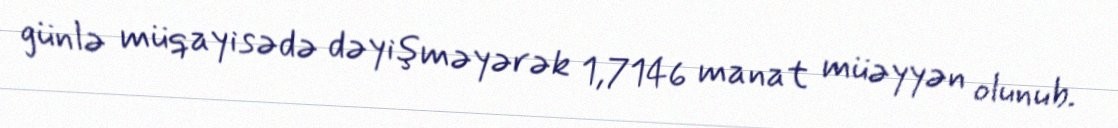
günlə müqayisədə dəyişməyərək 1,7146 manat müəyyən olunub.